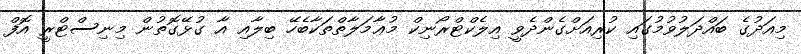
މިއަދުގެ ބައްދަލުވުމުގައި ކުރިއަށްގެންދެވީ އިލެކްޓްރޯނިކް މުޢާމަލާތްތަކާބެހޭ ބިލާއި އާ ގުޅޭގޮތުން މިނިސްޓްރީ އޮފް